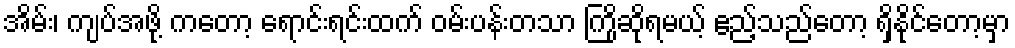
အိမ်း၊ ကျပ်အဖို့ ကတော့ ရောင်းရင်းထက် ဝမ်းပန်းတသာ ကြိုဆိုရမယ့် ဧည့်သည်တော့ ရှိနိုင်တော့မှာ